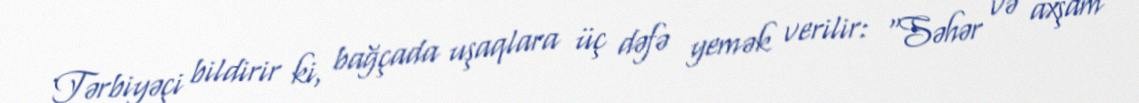
Tərbiyəçi bildirir ki, bağçada uşaqlara üç dəfə yemək verilir: “Səhər və axşam